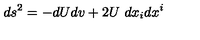
d s ^ { 2 } = - d U d v + 2 U \ d x _ { i } d x ^ { i }